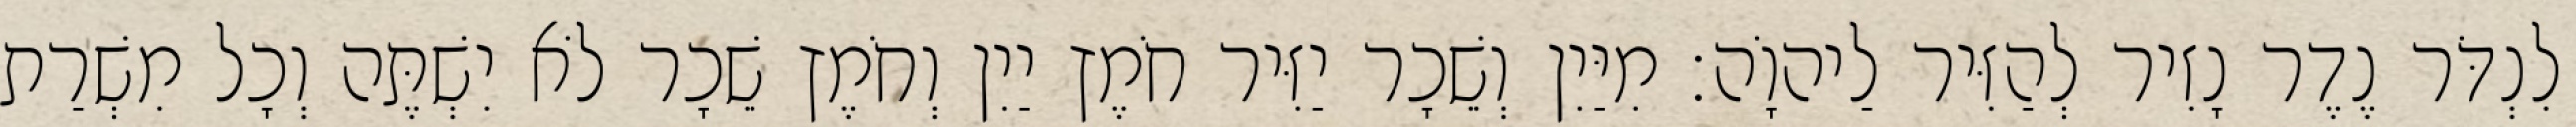
לִנְדֹּר נֶדֶר נָזִיר לְהַזִּיר לַיהוָֹה׃ מִיַּיִן וְשֵׁכָר יַזִּיר חֹמֶץ יַיִן וְחֹמֶץ שֵׁכָר לֹא יִשְׁתֶּה וְכָל מִשְׁרַת